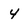
Character: 4